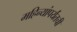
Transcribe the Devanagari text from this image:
महिन्यांपर्यंतची